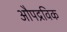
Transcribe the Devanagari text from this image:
औपद्रविक